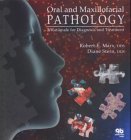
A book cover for Oral and Maxillofacial Pathology: A Rationale for Treatment; Robert E. Marx; Medical Books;